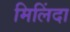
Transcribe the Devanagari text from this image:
मिलिंदा